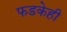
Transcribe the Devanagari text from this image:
फडकेही